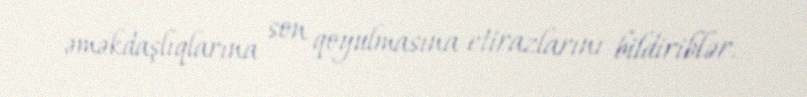
əməkdaşlıqlarına son qoyulmasına etirazlarını bildiriblər.